Madras plague regulations in force outside the Presidency town - Volume 1
Disease focus: Plague
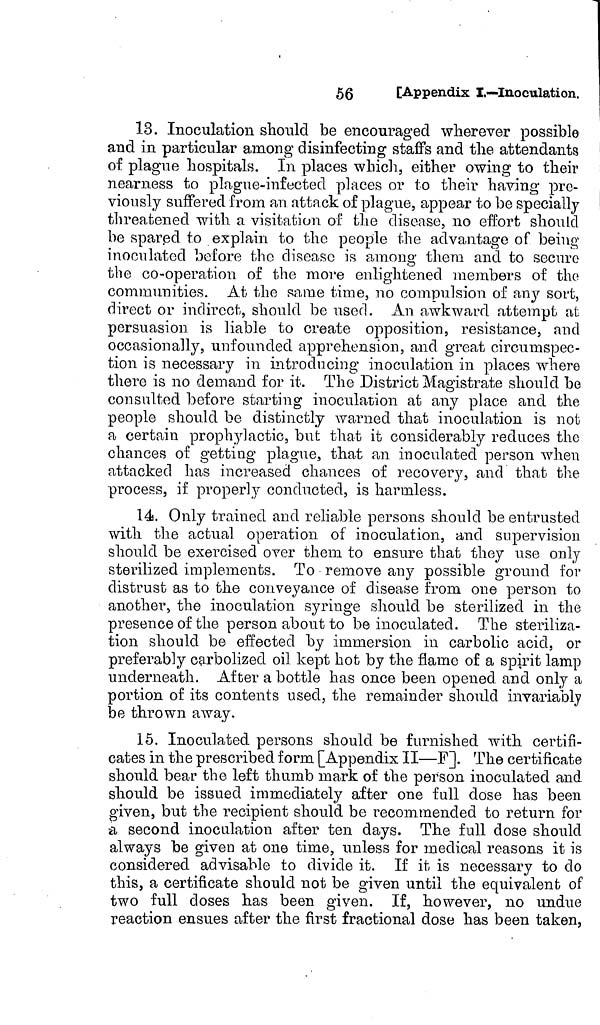
56
[Appendix I.—Inoculation.
13. Inoculation should be encouraged wherever possible
and in particular among disinfecting staffs and the attendants
of plague hospitals. In places which, either owing to their
nearness to plague-infected places or to their having pre-
viously suffered from an attack of plague, appear to be specially
threatened with a visitation of the disease, no effort should
be spared to explain to the people the advantage of being
inoculated before the disease is among them and to secure
the co-operation of the more enlightened members of the
communities. At the same time, no compulsion of any sort,
direct or indirect,, should be used. An awkward attempt at
persuasion is liable to create opposition, resistance, and
occasionally, unfounded apprehension, and great circumspec-
tion is necessary in introducing inoculation in places where
there is no demand for it. The District Magistrate should be
consulted before starting inoculation, at any place and the
people should be distinctly warned that inoculation is not
a certain prophylactic, but that it considerably reduces the
chances of getting plague., that an inoculated person when
attacked has increased chances of recovery, and that the
process, if properly conducted, is harmless.
14. Only trained and reliable persons should be entrusted
with the actual operation of inoculation, and supervision
should be exercised over them to ensure that they use only
sterilized implements. To remove any possible ground for
distrust as to the conveyance of disease from one person to
another, the inoculation syringe should be sterilized in the
presence of the person about to be inoculated. The steriliza-
tion should be effected by immersion in carbolic acid, or
preferably carbolized oil kept hot by the flame of a spirit lamp
underneath. After a bottle has once been opened and only a
portion of its contents used, the remainder should invariably
be thrown away.
15. Inoculated persons should be furnished with certifi-
cates in the prescribed form [Appendix II—F]. The certificate
should bear the left thumb mark of the person inoculated and
should be issued immediately after one full dose has been
given, but the recipient should be recommended to return for
a second inoculation after ten days. The full dose should
always be given at one time, unless for medical reasons it is
considered advisable to divide it. If it is necessary to do
this, a certificate should not be given until the equivalent of
two full doses has been given. If, however, no undue
reaction ensues after the first fractional dose has been taken,